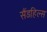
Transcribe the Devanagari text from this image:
सैंडहिल्स